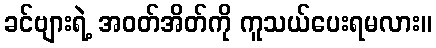
ခင်ဗျားရဲ့ အဝတ်အိတ်ကို ကူသယ်ပေးရမလား။